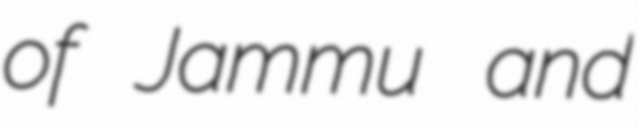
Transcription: of Jammu and